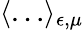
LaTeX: \langle\dots\rangle_{\epsilon,\mu}